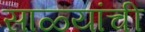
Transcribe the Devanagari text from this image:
साळ्यांची